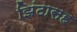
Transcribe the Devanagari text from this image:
झिंटासह